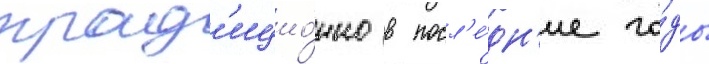
трад'ицио́нно в посл'е́дн'ие го́ды